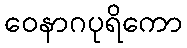
ဝေနာဂပုရိကော